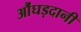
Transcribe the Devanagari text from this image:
औंघड़दानी